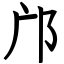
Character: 邝